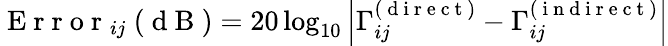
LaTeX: \mathrm{~E~r~r~o~r~}_{ij}\ (\mathrm{~d~B~})=20\log_{10}\left|\Gamma_{ij}^{(\mathrm{~d~i~r~e~c~t~})}-\Gamma_{ij}^{(\mathrm{~i~n~d~i~r~e~c~t~})}\right|